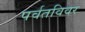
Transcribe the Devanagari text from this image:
पर्वतविवर